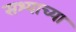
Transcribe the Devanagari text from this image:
सश्याच्या